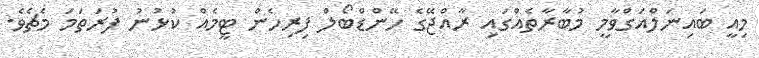
މިއީ ބައިނަލްއަގްވާމީ މުބާރާތެއްގައި ރާއްޖޭގެ ހޭންޑްބޯލް ފިރިހެން ޓީމެއް ކުޅުނު ފުރަތަމަ މެޗެވެ.